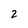
Character: 2